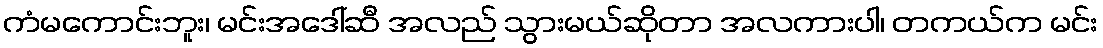
ကံမကောင်းဘူး၊ မင်းအဒေါ်ဆီ အလည် သွားမယ်ဆိုတာ အလကားပါ၊ တကယ်က မင်း